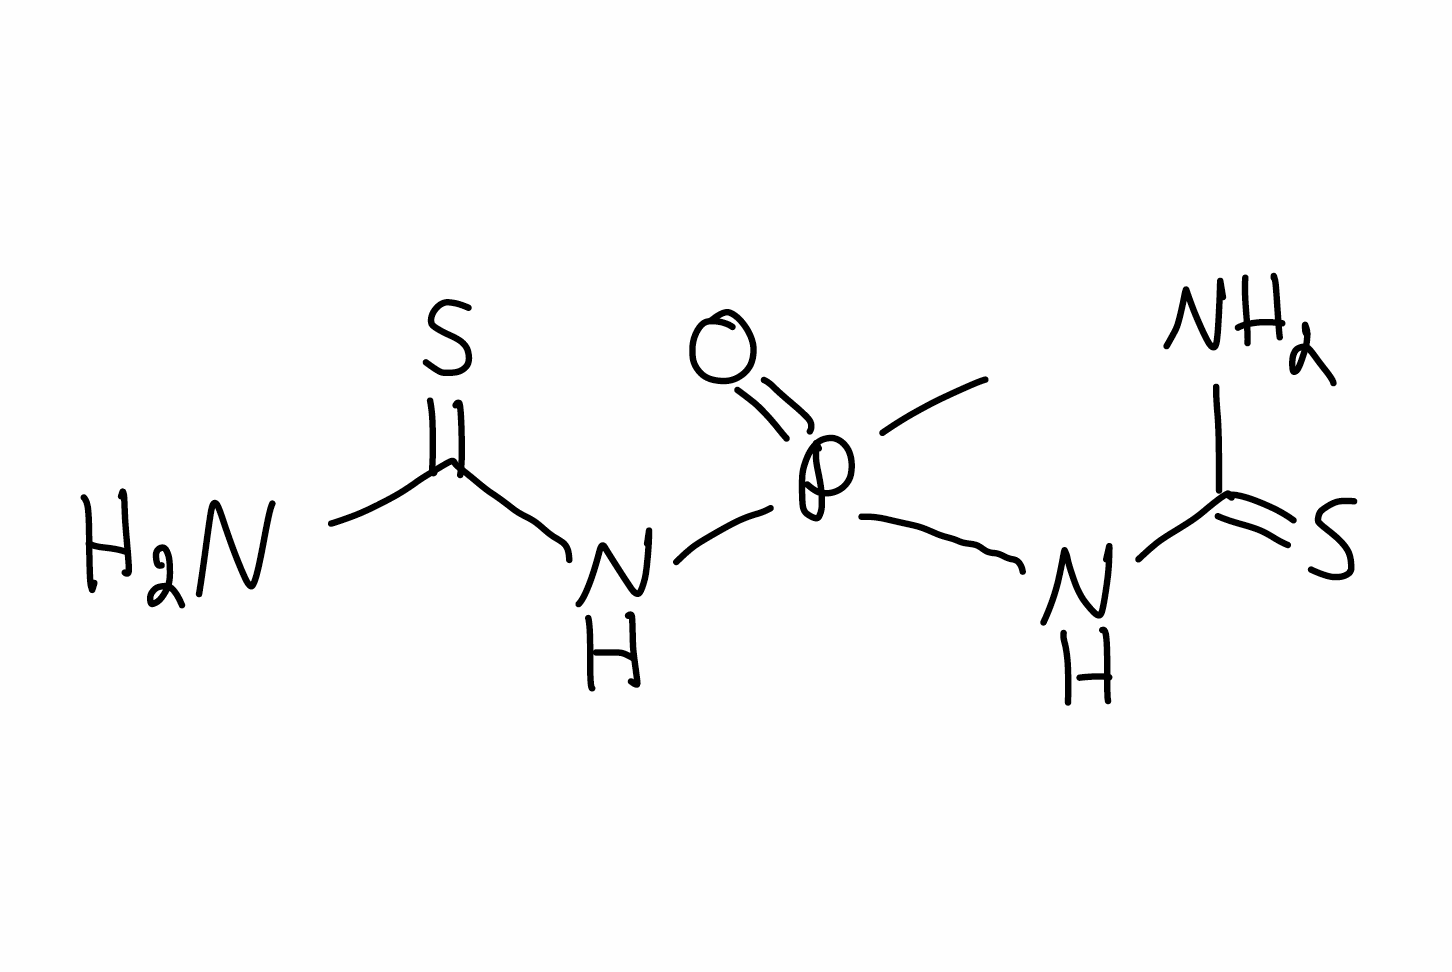
Simplified molecular-input line-entry system (SMILES) notation of the given molecule:
CP(=O)(NC(=S)N)NC(=S)N